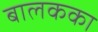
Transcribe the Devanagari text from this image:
बालकका